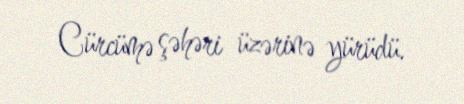
Cürcümə şəhəri üzərinə yürüdü.